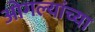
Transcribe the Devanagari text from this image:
ओगल्यांच्या